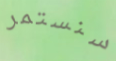
سنستمر